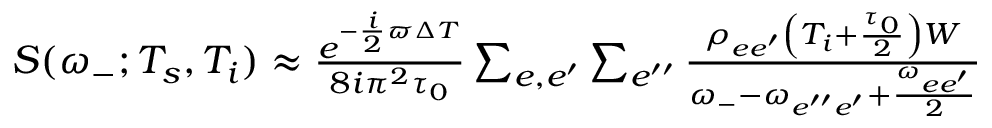
\begin{array} { r } { { \cal S } ( \omega _ { - } ; T _ { s } , T _ { i } ) \approx \frac { e ^ { - \frac { i } { 2 } \varpi \Delta T } } { 8 i \pi ^ { 2 } \tau _ { 0 } } \sum _ { e , e ^ { \prime } } \sum _ { e ^ { \prime \prime } } \frac { \rho _ { e e ^ { \prime } } \left( T _ { i } + \frac { \tau _ { 0 } } { 2 } \right) W } { \omega _ { - } - \omega _ { e ^ { \prime \prime } e ^ { \prime } } + \frac { \omega _ { e e ^ { \prime } } } { 2 } } } \end{array}